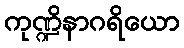
ကုဏ္ဍိနာဂရိယော